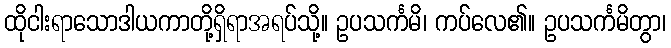
ထိုငါးရာသောဒါယကာတို့ရှိရာအရပ်သို့။ ဥပသင်္ကမိ၊ ကပ်လေ၏။ ဥပသင်္ကမိတွာ၊